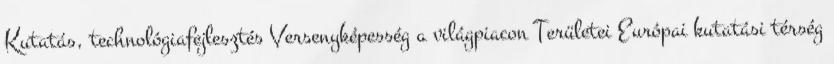
Kutatás, technológiafejlesztés Versenyképesség a világpiacon Területei Európai kutatási térség